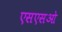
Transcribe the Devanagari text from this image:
एसएसओ